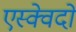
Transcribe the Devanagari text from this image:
एस्क्वेदों